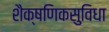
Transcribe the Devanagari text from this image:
शैक्षणिकसुविधा